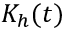
K _ { h } ( t )